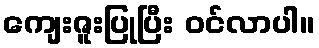
ကျေးဇူးပြုပြီး ဝင်လာပါ။